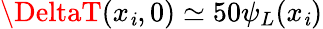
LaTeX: \DeltaT(x_{\mathit{i}},0)\simeq50\psi_{L}(x_{\mathit{i}})